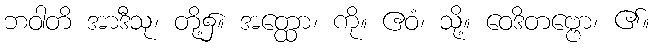
ဘဝါတိ အာဒီသု၊ တို့၌။ အတ္ထော၊ ကို။ ဧဝံ၊ သို့။ ဝေဒိတဗ္ဗော၊ ၏။